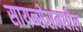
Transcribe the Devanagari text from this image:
सायन्सेसमधील